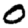
Digit: 0